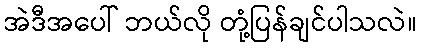
အဲဒီအပေါ် ဘယ်လို တုံ့ပြန်ချင်ပါသလဲ။